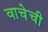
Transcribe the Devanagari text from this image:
वाचेची